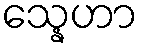
သ္နေဟာ